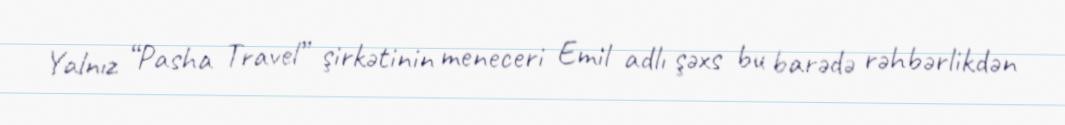
Yalnız “Pasha Travel” şirkətinin meneceri Emil adlı şəxs bu barədə rəhbərlikdən